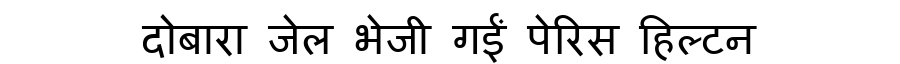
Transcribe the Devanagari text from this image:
दोबारा जेल भेजी गईं पेरिस हिल्टन